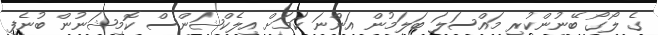
ގެ ލޯގޯ ބޭނުންކުރި މައްސަލަ ބަލަމުން އަންނަ ކަމަށް އިލެކްޝަންސް ކޮމިޝަނުން ބުނެފި